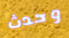
وحدث